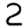
Digit: 2